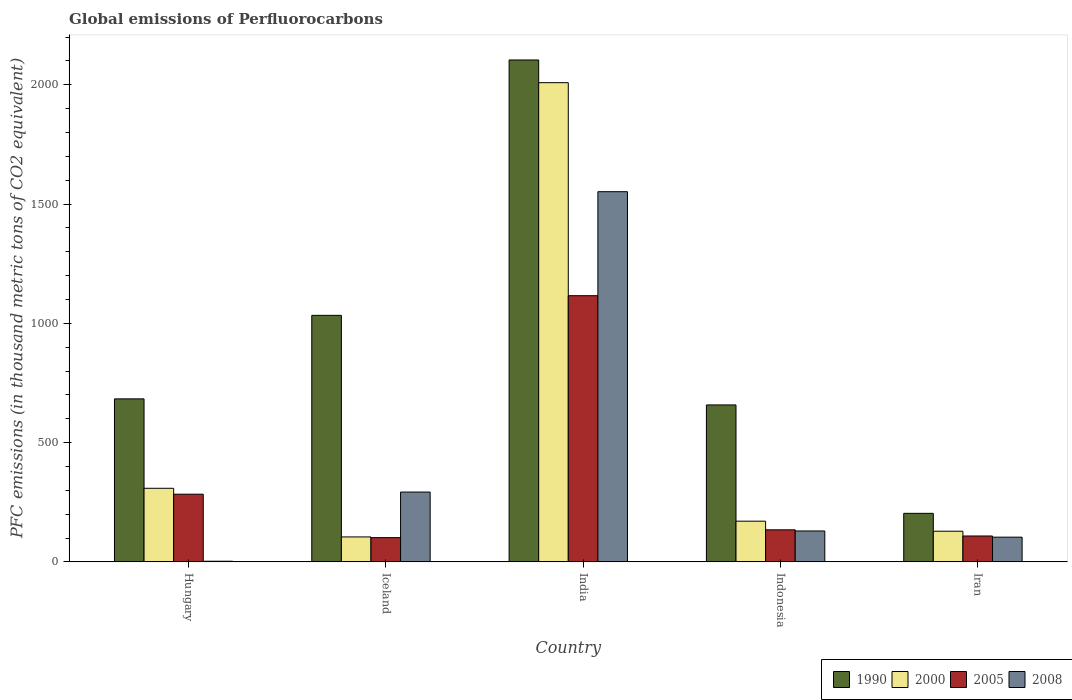
| Country | 1990 | 2000 | 2005 | 2008 |
 | --- | --- | --- | --- | --- |
 | Hungary | 683 | 308 | 284 | 2.7 |
 | Iceland | 1.03e+03 | 105 | 102 | 293 |
 | India | 2.1e+03 | 2.01e+03 | 1.12e+03 | 1.55e+03 |
 | Indonesia | 658 | 171 | 134 | 130 |
 | Iran | 204 | 128 | 108 | 104 |